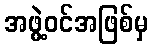
အဖွဲ့ဝင်အဖြစ်မှ